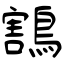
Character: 鶷